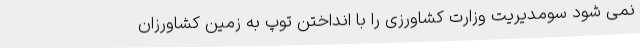
نمی شود سومدیریت وزارت کشاورزی را با انداختن توپ به زمین کشاورزان